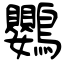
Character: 鸚